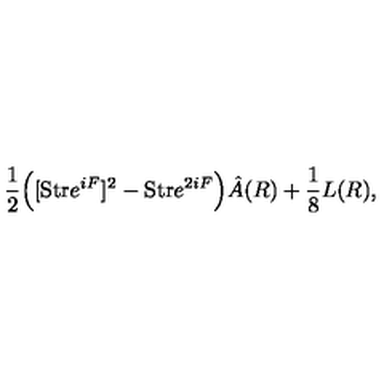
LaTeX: { \frac { 1 } { 2 } } \Big ( [ \mathrm { S t r } e ^ { i F } ] ^ { 2 } - \mathrm { S t r } e ^ { 2 i F } \Big ) \hat { A } ( R ) + { \frac { 1 } { 8 } } L ( R ) ,